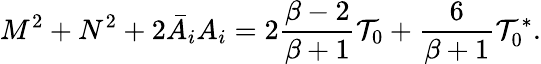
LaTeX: M^{2}+N^{2}+2\bar{A}_{i}A_{i}=2{\frac{\beta-2}{\beta+1}}{\cal T}_{0}+{\frac{6}{\beta+1}}{\cal T}_{0}^{*}.